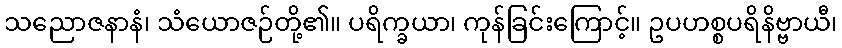
သညောဇနာနံ၊ သံယောဇဉ်တို့၏။ ပရိက္ခယာ၊ ကုန်ခြင်းကြောင့်။ ဥပဟစ္စပရိနိဗ္ဗာယီ၊